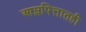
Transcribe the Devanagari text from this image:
आम्लपित्तातही